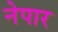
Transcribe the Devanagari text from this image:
नेपार